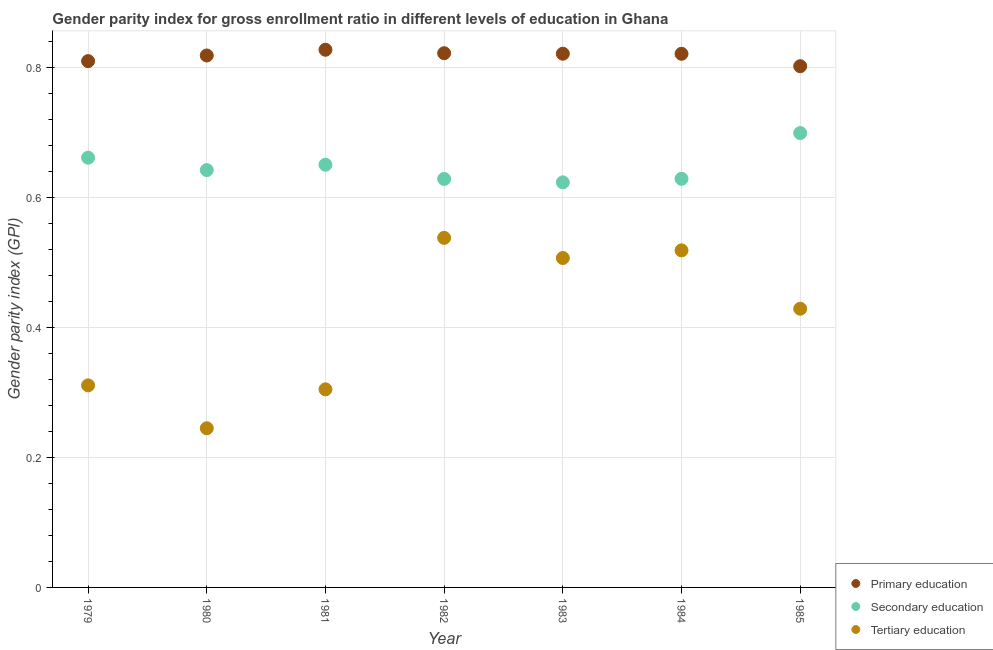
| Year | Primary education | Secondary education | Tertiary education |
 | --- | --- | --- | --- |
 | 1979 | 0.809 | 0.661 | 0.311 |
 | 1980 | 0.818 | 0.642 | 0.245 |
 | 1981 | 0.827 | 0.65 | 0.305 |
 | 1982 | 0.822 | 0.628 | 0.538 |
 | 1983 | 0.821 | 0.623 | 0.507 |
 | 1984 | 0.821 | 0.628 | 0.518 |
 | 1985 | 0.802 | 0.699 | 0.429 |